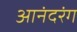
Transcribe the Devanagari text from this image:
आनंदरंग